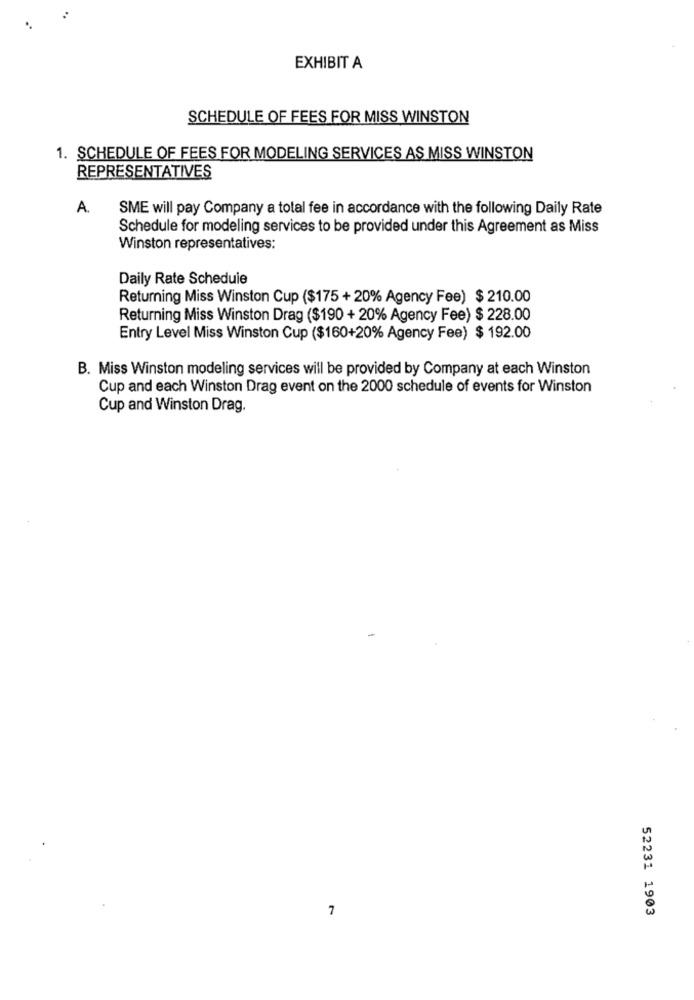
EXHIBIT A
SCHEDULE OF FEES FOR MISS WINSTON
1. SCHEDULE OF FEES FOR MODELING SERVICES AS MISS WINSTON
REPRESENTATIVES
A.
SME will pay Company a total fee in accordance with the following Daily Rate
Schedule for modeling services to be provided under this Agreement as Miss
Winston representatives:
Daily Rate Schedule
Returning Miss Winston Cup ($175 + 20% Agency Fee) $ 210.00
Returning Miss Winston Drag ($190 + 20% Agency Fee) $ 228.00
Entry Level Miss Winston Cup ($160+20% Agency Fee) $ 192.00
B. Miss Winston modeling services will be provided by Company at each Winston
Cup and each Winston Drag event on the 2000 schedule of events for Winston
Cup and Winston Drag.
7
52231 1903